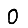
Digit: 0